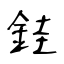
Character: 銈